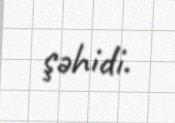
şəhidi.